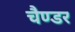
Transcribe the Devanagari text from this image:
चैण्डर